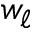
w _ { \ell }